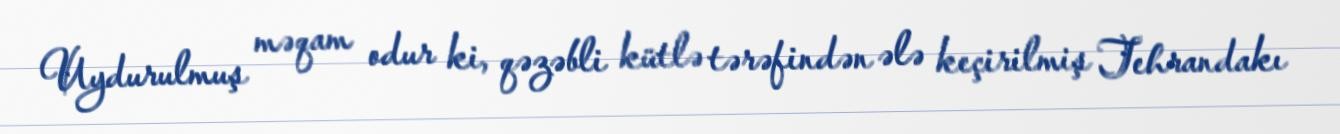
Uydurulmuş məqam odur ki, qəzəbli kütlə tərəfindən ələ keçirilmiş Tehrandakı